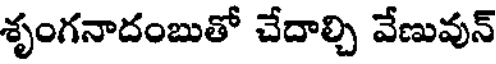
శృంగనాదంబుతో చేదాల్చి వేణువున్